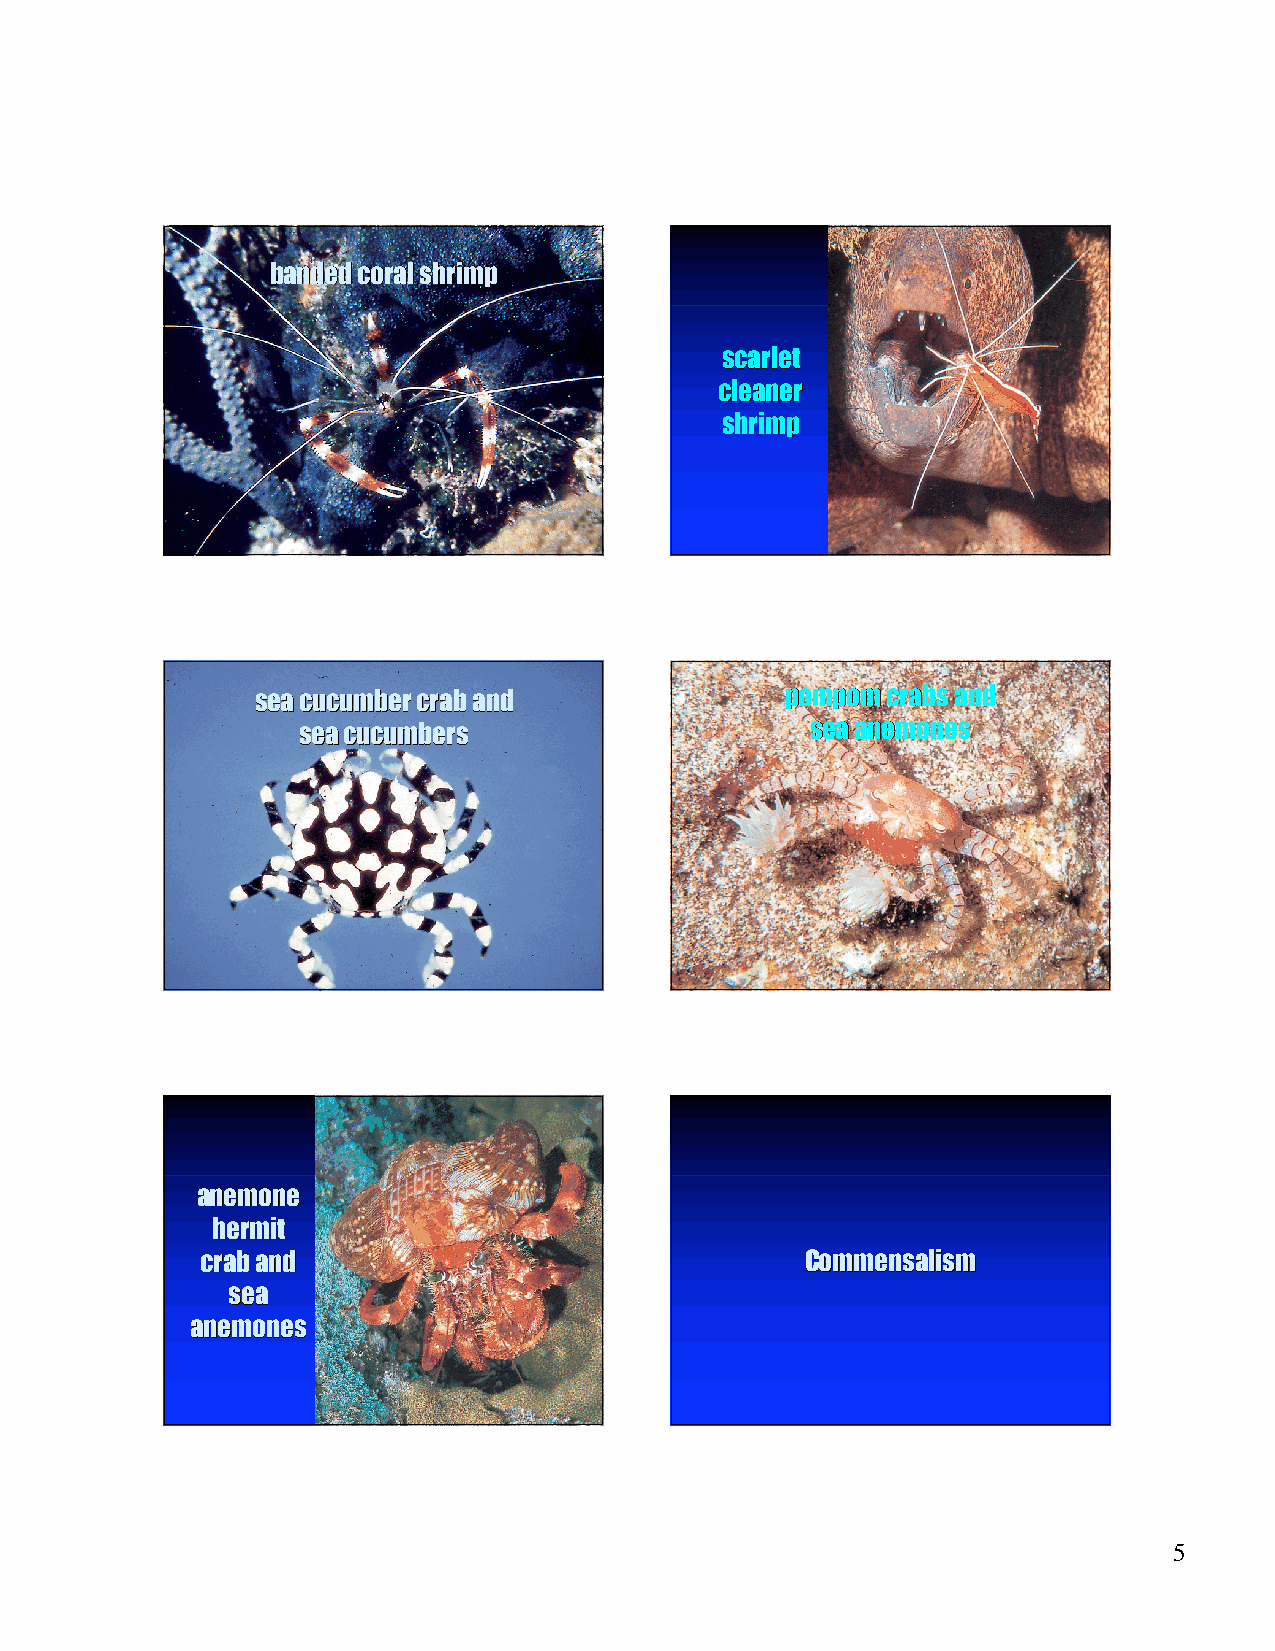
bbaannddeedd ccoorraall sshhrriimmpp
 ssccaarrlleett
 cclleeaanneerr
 sshhrriimmpp
 sseeaa ccuuccuummbbeerr ccrraabb aanndd ppoommppoomm ccrraabbss aanndd
 sseeaa ccuuccuummbbeerrss         sseeaa aanneemmoonneess
 aanneemmoonnee
 hheerrmmiitt
 ccrraabb aanndd                         CCoommmmeennssaalliissmm
 sseeaa
 aanneemmoonneess
 5